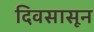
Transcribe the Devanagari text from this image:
दिवसासून